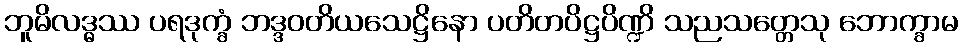
ဘူမိလဒ္ဓဿ ပရဒုက္ခံ ဘဒ္ဒဝတိယသေဋ္ဌိနော ပတိတပိဋ္ဌပိဏ္ဍိ သညသတ္တေသု ဘောက္ခာမ